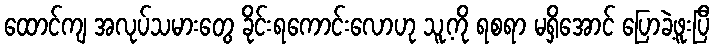
ထောင်ကျ အလုပ်သမားတွေ ခိုင်းရကောင်းလောဟု သူ့ကို ရစရာ မရှိအောင် ပြောခဲ့ဖူးပြီ